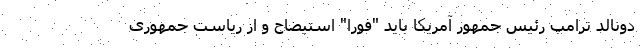
دونالد ترامپ رئیس جمهور آمریکا باید "فورا" استیضاح و از ریاست جمهوری